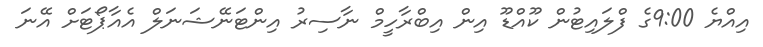
އިއްޔެ 9:00ގެ ފްލައިޓުން ކޫއްޑޫ އިން އިބްރާހީމް ނާސިރު އިންޓަނޭޝަނަލް އެއާޕޯޓަށް އޭނަ